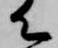
て